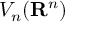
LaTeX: V _ { n } ( \mathbf { R } ^ { n } )